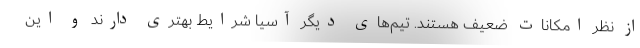
از نظر امکانات ضعیف هستند. تیم‌های دیگر آسیا شرایط بهتری دارند و این